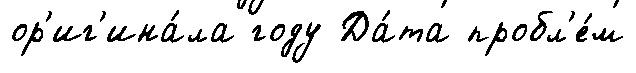
ор'иг'ина́ла году Да́та пробл'е́м